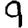
Digit: 9